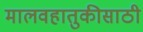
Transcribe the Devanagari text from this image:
मालवहातुकीसाठी